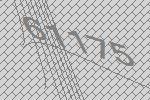
61175